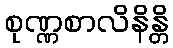
စုဏ္ဏစာလိနိန္တိ